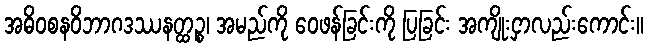
အဓိဝစနဝိဘာဂဒဿနတ္ထဉ္စ၊ အမည်ကို ဝေဖန်ခြင်းကို ပြခြင်း အကျိုးငှာလည်းကောင်း။